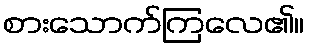
စားသောက်ကြလေ၏။